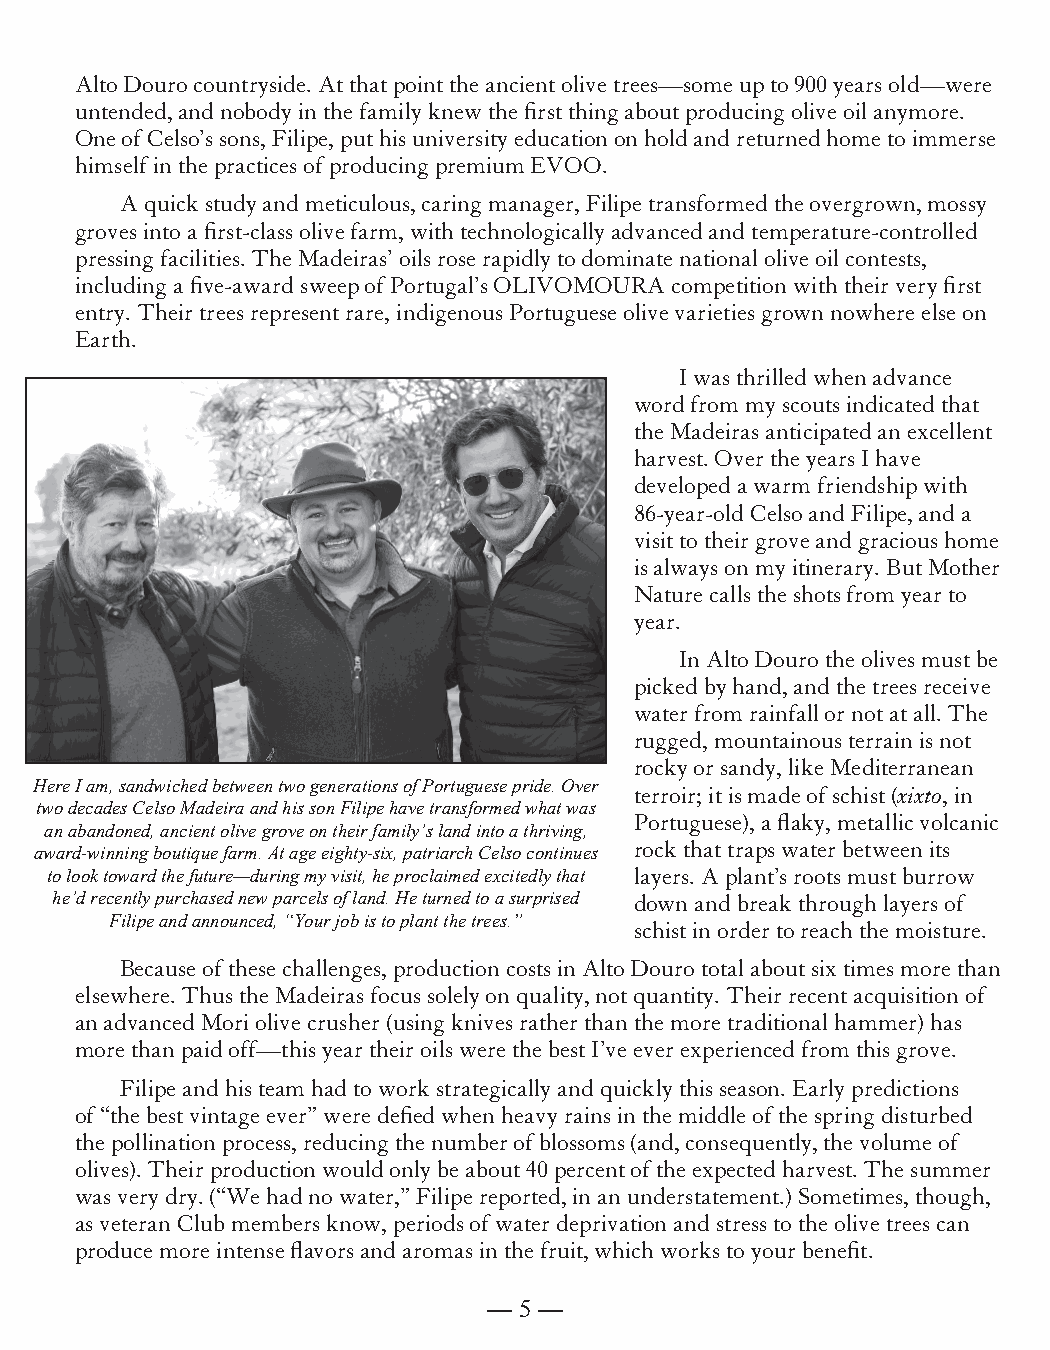
Alto Douro countryside. At that point the ancient olive trees—some up to 900 years old—were
 untended, and nobody in the family knew the first thing about producing olive oil anymore.
 One of Celso’s sons, Filipe, put his university education on hold and returned home to immerse
 himself in the practices of producing premium EVOO.
 A quick study and meticulous, caring manager, Filipe transformed the overgrown, mossy
 groves into a first-class olive farm, with technologically advanced and temperature-controlled
 pressing facilities. The Madeiras’ oils rose rapidly to dominate national olive oil contests,
 including a five-award sweep of Portugal’s OLIVOMOURA competition with their very first
 entry. Their trees represent rare, indigenous Portuguese olive varieties grown nowhere else on
 Earth.
 I was thrilled when advance
 word from my scouts indicated that
 the Madeiras anticipated an excellent
 harvest. Over the years I have
 developed a warm friendship with
 86-year-old Celso and Filipe, and a
 visit to their grove and gracious home
 is always on my itinerary. But Mother
 Nature calls the shots from year to
 year.
 In Alto Douro the olives must be
 picked by hand, and the trees receive
 water from rainfall or not at all. The
 rugged, mountainous terrain is not
 rocky or sandy, like Mediterranean
 Here I am, sandwiched between two generations of Portuguese pride. Over
 terroir; it is made of schist (xixto, in
 two decades Celso Madeira and his son Filipe have transformed what was
 Portuguese), a flaky, metallic volcanic
 an abandoned, ancient olive grove on their family’s land into a thriving,
 award-winning boutique farm. At age eighty-six, patriarch Celso continues rock that traps water between its
 to look toward the future—during my visit, he proclaimed excitedly that layers. A plant’s roots must burrow
 he’d recently purchased new parcels of land. He turned to a surprised down and break through layers of
 Filipe and announced, “Your job is to plant the trees.”
 schist in order to reach the moisture.
 Because of these challenges, production costs in Alto Douro total about six times more than
 elsewhere. Thus the Madeiras focus solely on quality, not quantity. Their recent acquisition of
 an advanced Mori olive crusher (using knives rather than the more traditional hammer) has
 more than paid off—this year their oils were the best I’ve ever experienced from this grove.
 Filipe and his team had to work strategically and quickly this season. Early predictions
 of “the best vintage ever” were defied when heavy rains in the middle of the spring disturbed
 the pollination process, reducing the number of blossoms (and, consequently, the volume of
 olives). Their production would only be about 40 percent of the expected harvest. The summer
 was very dry. (“We had no water,” Filipe reported, in an understatement.) Sometimes, though,
 as veteran Club members know, periods of water deprivation and stress to the olive trees can
 produce more intense flavors and aromas in the fruit, which works to your benefit.
 — 5 —